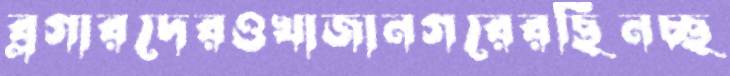
ব্লগারদেরওখাজানগরেরছিনচ্ছ